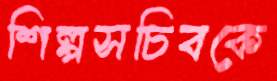
শিল্পসচিবকে